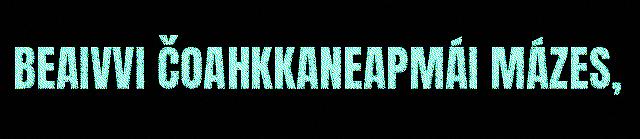
BEAIVVI ČOAHKKANEAPMÁI MÁZES,